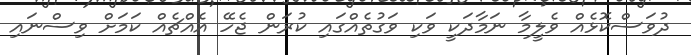
ދުވަސްކޮޅެއް ވެލީމާ ނަމާދަކީ ވަކި ވަގުތެއްގައި ކުރަން ޖެހޭ އެއްޗެއް ކަމަށް ވިސްނައި